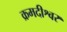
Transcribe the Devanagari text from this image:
क्रमदीश्वर